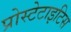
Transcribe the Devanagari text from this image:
प्रोस्टेटाइटिस